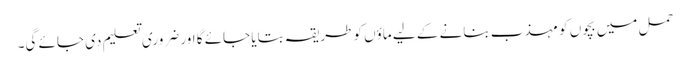
حمل میں بچوں کو مہذب بنانے کے لیے ماؤں کو طریقہ بتایا جائے گا اور ضروری تعلیم دی جائے گی۔